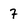
Character: 7